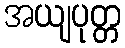
အယျပုတ္တ